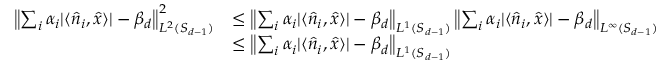
\begin{array} { r l } { \left\lVert \sum _ { i } \alpha _ { i } | \langle \hat { n } _ { i } , \hat { x } \rangle | - \beta _ { d } \right\rVert _ { L ^ { 2 } ( S _ { d - 1 } ) } ^ { 2 } } & { \le \left\lVert \sum _ { i } \alpha _ { i } | \langle \hat { n } _ { i } , \hat { x } \rangle | - \beta _ { d } \right\rVert _ { L ^ { 1 } ( S _ { d - 1 } ) } \left\lVert \sum _ { i } \alpha _ { i } | \langle \hat { n } _ { i } , \hat { x } \rangle | - \beta _ { d } \right\rVert _ { L ^ { \infty } ( S _ { d - 1 } ) } } \\ & { \le \left\lVert \sum _ { i } \alpha _ { i } | \langle \hat { n } _ { i } , \hat { x } \rangle | - \beta _ { d } \right\rVert _ { L ^ { 1 } ( S _ { d - 1 } ) } } \end{array}